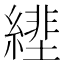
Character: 𦄕